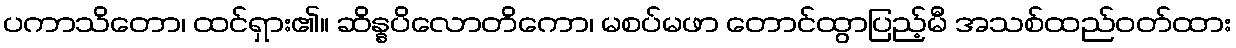
ပကာသိတော၊ ထင်ရှား၏။ ဆိန္နပိလောတိကော၊ မစပ်မဖာ တောင်ထွာပြည့်မီ အသစ်ထည်ဝတ်ထား